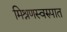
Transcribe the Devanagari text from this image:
मिश्रणस्वरुपात